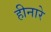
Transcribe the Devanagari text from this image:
हीनारे